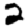
Digit: 2